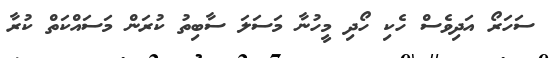
ސަހަރޯ އަދިވެސް ހެކި ހޯދި މީހުނާ މަސަލަ ސާބިތު ކުރަން މަސައްކަތް ކުރާ